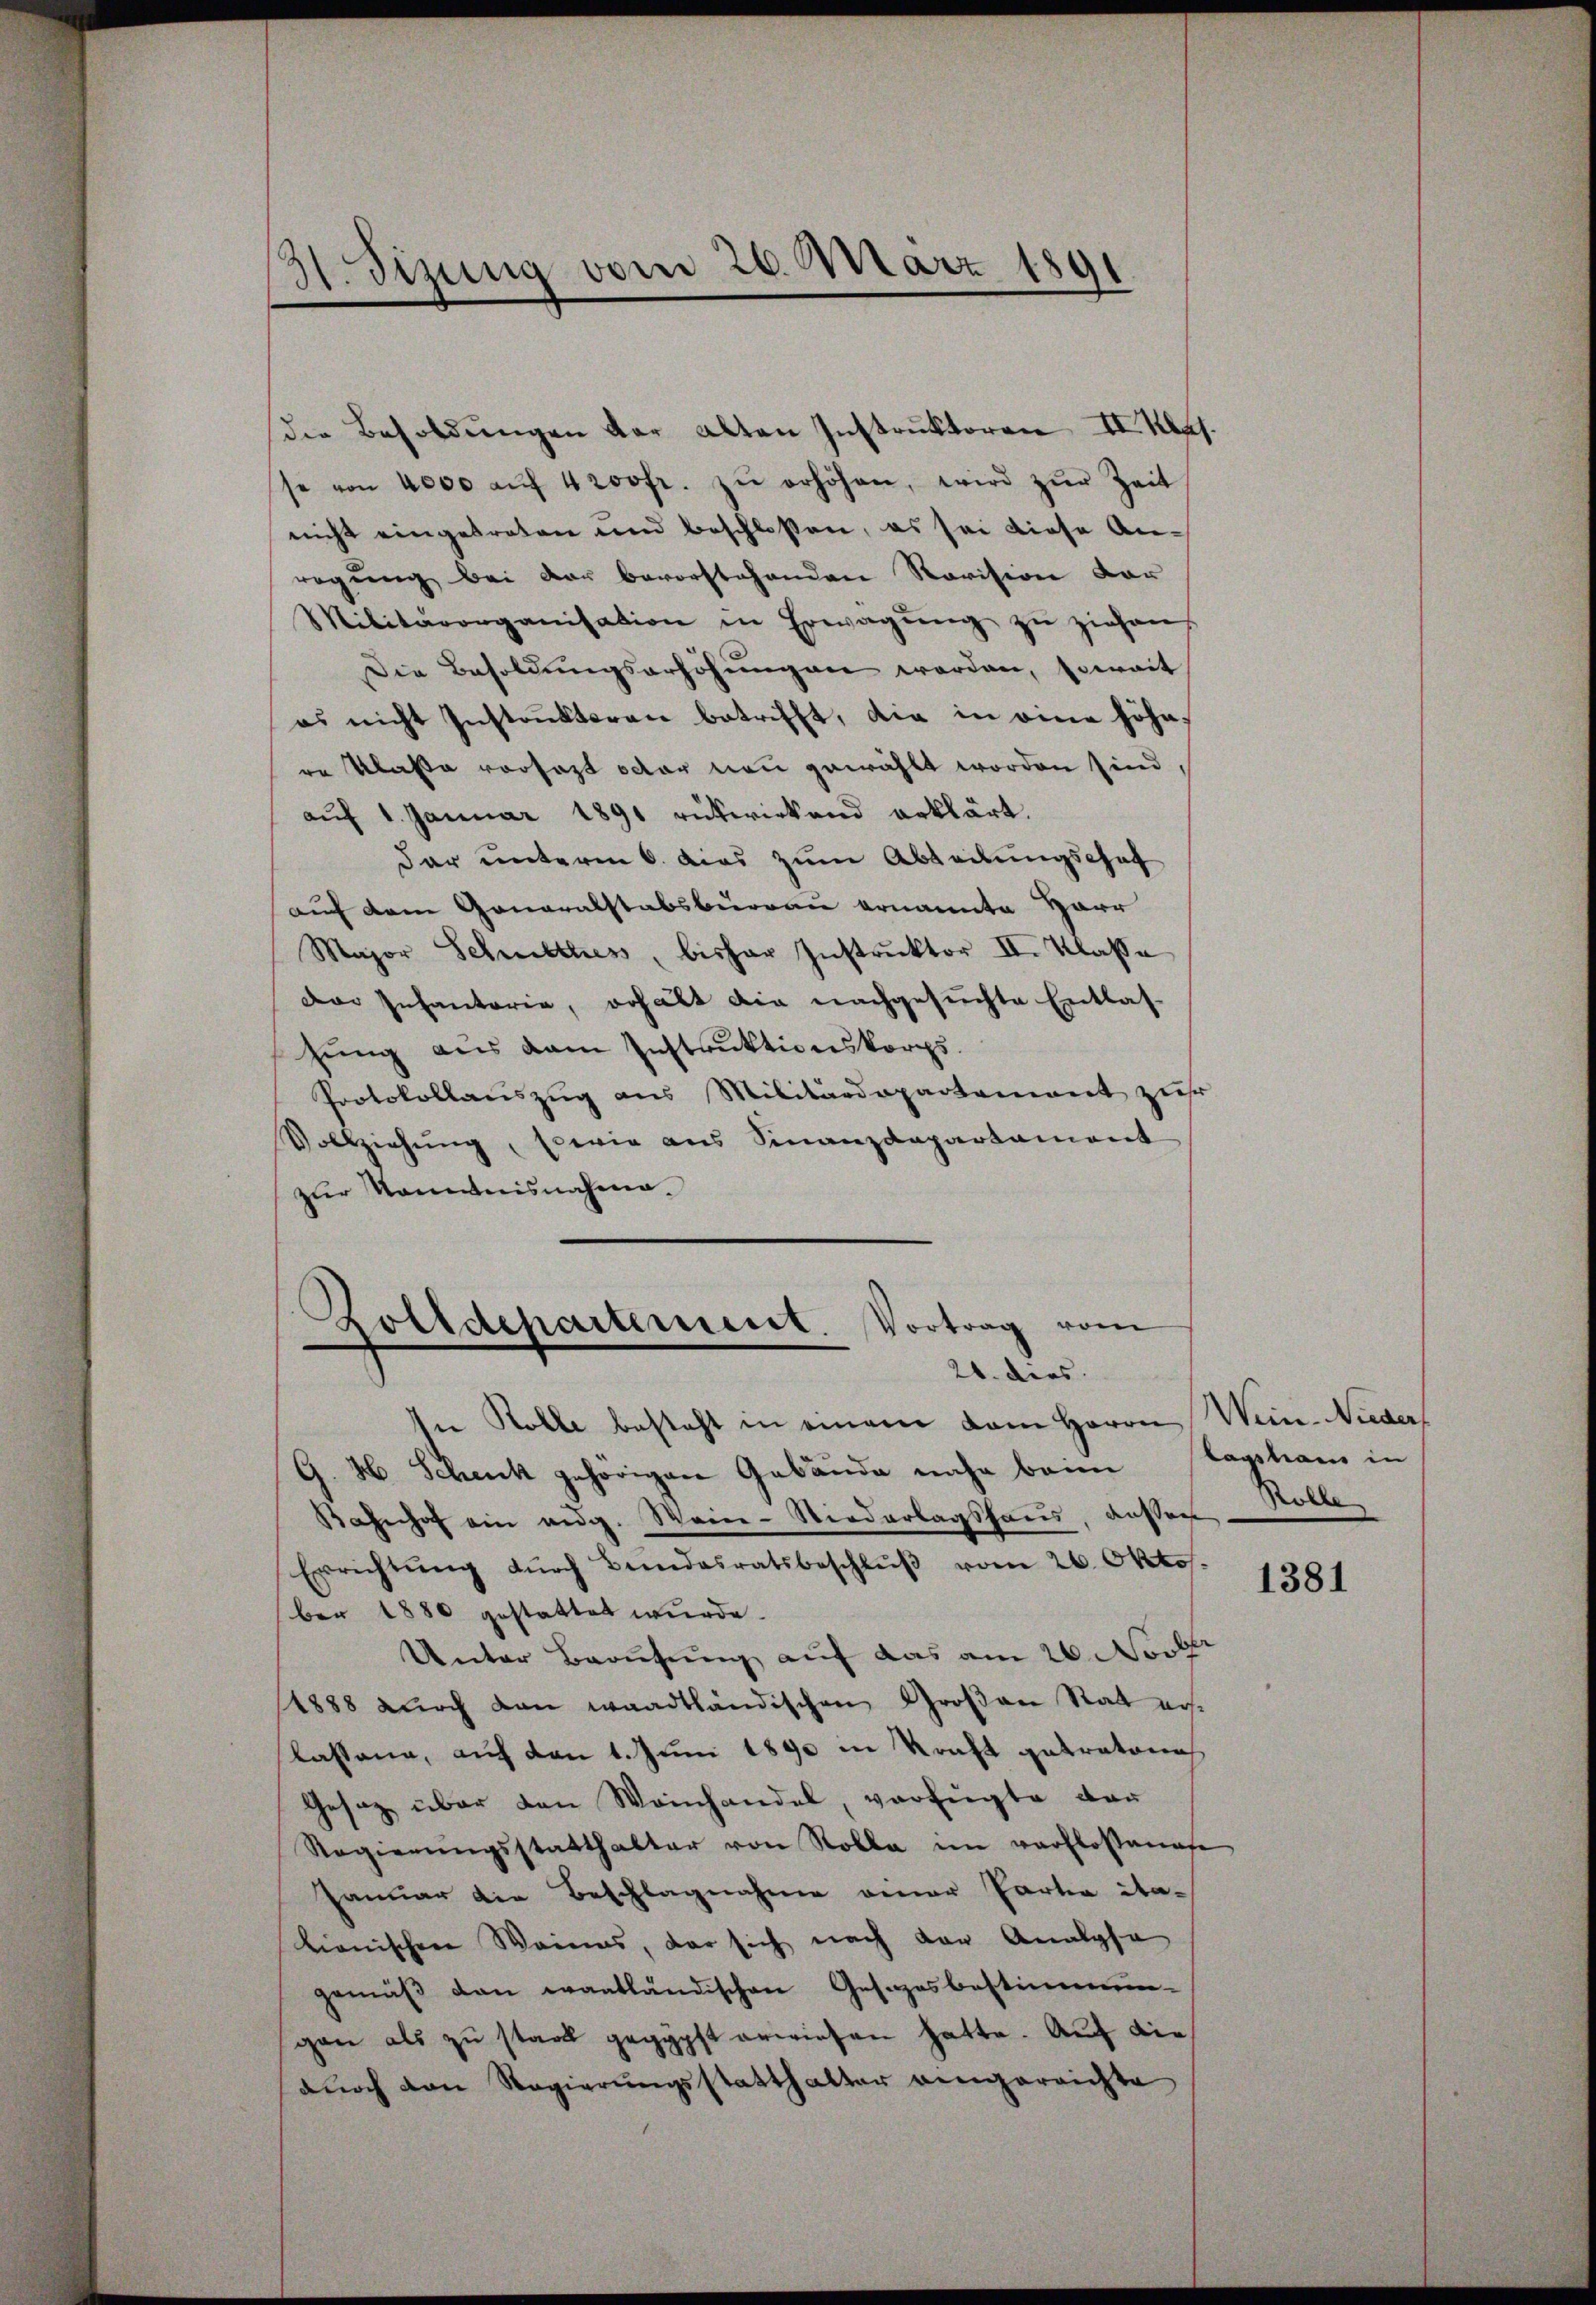
31. Sizung vom 26. März 1891.

die Besoldŭngen der alten Instruktoren II. Klas
se von 4000 aŭf 400fr. zŭ erhöhen, wird zŭr Zeit
nicht eingetreten und beschlossen, es sei diese Anregung bei der bevorstehenden Revision vor
Militärorganisation in Erwägŭng zŭ ziehen
Die Besoldŭngserhöhŭngen worden, soweit
es nicht Instankteren betrifft, die in eine höhere Klasse vorsatzt octor neu gewählt worden sind
aŭf 1. Januar 1891 rükwirkend erklärt.
dar unterm 6. dies zum Abladungschaf
auf dem Generalstabsburgau ernannte Harr
Major Schulthes, bisher Instruktor II. Klasse
Der Infanterie, erhält die nachgesuchte Entlas-
sŭng aus dem Instruktionskorps.
Protokollauszug aus Militärdepartement zur
Vollziehung, sowie aus Finanzdepartament
zur Kenntnisnahme.
Zolldepartement. Vortrag vom

21. dies
In Rolle besteht in einem dem Herrn Wein-Nieder
G. H. Schenk gehörigen Gebäude nahe beim
Bahnhof ein aug. Wein-Niederlagshaus, dessen Kolle
Errichtŭng dŭrch Bendasratsbeschlŭβ vom 26. Oktos.
ber 1880 gestattet wurde.
Unter Berufung auf das am 20. Nock
1888 durch dan waadtländischen Großen Stat ers¬
Kassana, auf den 1. Juni 1890 in Kraft getratorich
Gesaz über den Weinhandel, verfügte dar
Regierŭngsstatthalter von Rolle im verflosenafe
Januar die Beschlagnahme einer Partia ita-
lionischen Weines, der sich nach der Analyse
gemäβ den wantländischen Gesezesbestimmun-
gan als zu staat gegöpft erwiesen hatte. Auf die
dŭrch den Regierŭngsstatthalter eingerrichte

lagsham in

1381